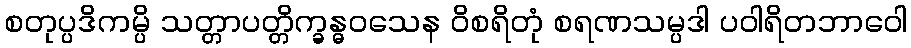
စတုပ္ပဒိကမ္ပိ သတ္တာပတ္တိက္ခန္ဓဝသေန ဝိစရိတုံ စရဏသမ္ပဒါ ပဝါရိတဘာဝေါ